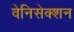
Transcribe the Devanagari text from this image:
वेनिसेक्शन